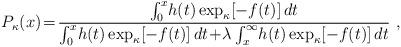
LaTeX: \begin{align*}P_{\kappa}(x)\!=\!\frac{\int_{0}^{x}\!h(t)\exp_{\kappa}[-f(t)]\,dt}{\int_{0}^{x}\!h(t)\exp_{\kappa}[-f(t)]\,dt \!+\!\lambda \int_{x}^{\infty}\!h(t)\exp_{\kappa}[-f(t)]\,dt} \ , \end{align*}